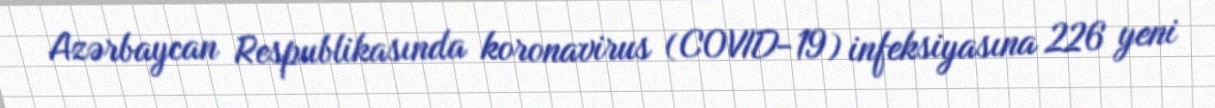
Azərbaycan Respublikasında koronavirus (COVID-19) infeksiyasına 226 yeni